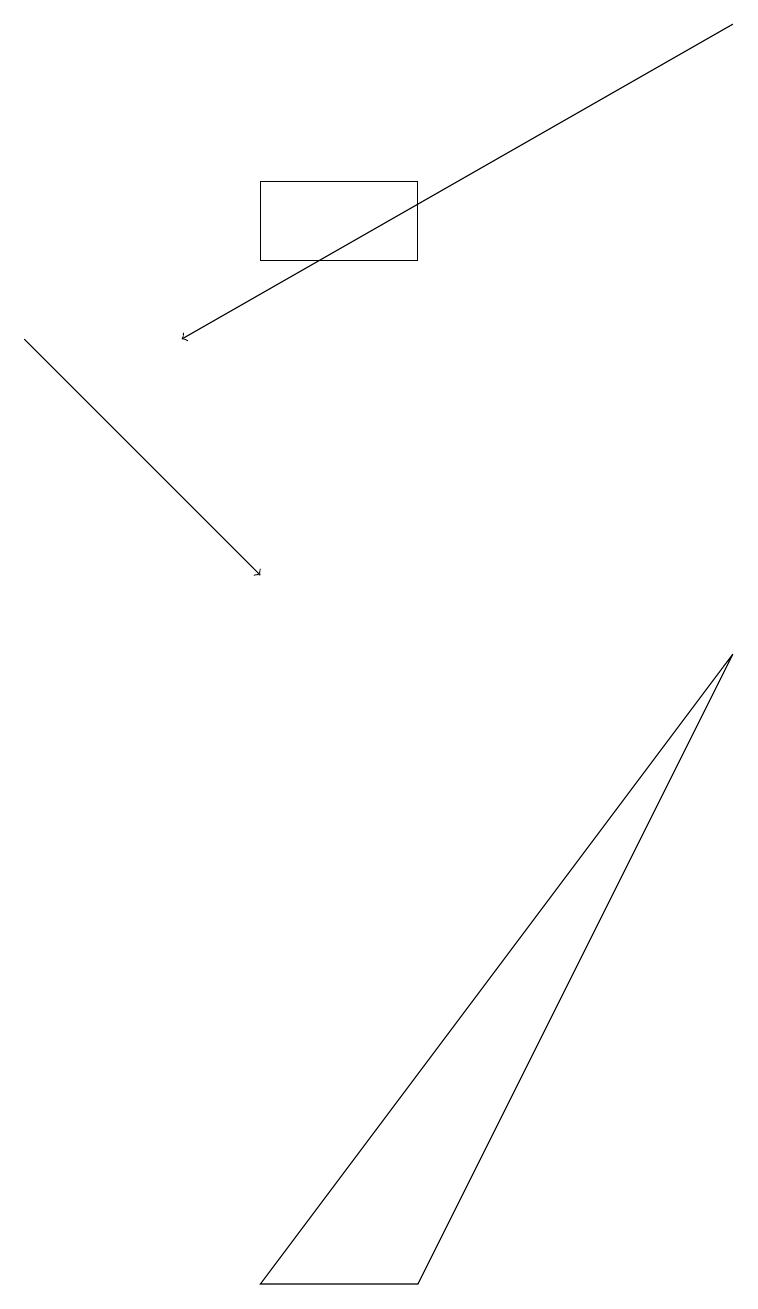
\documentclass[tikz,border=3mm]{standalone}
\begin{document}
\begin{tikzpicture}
\draw[->] (9,17) -- (2,13);
\draw[->] (0,13) -- (3,10);
\draw (5,1) -- (9,9) -- (3,1) -- cycle;
\draw (3,14) rectangle (5,15);
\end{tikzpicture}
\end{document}